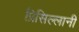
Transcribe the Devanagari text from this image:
प्रिसिल्लानी